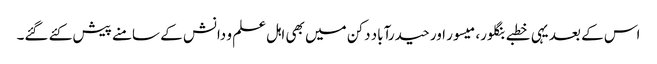
اس کے بعد یہی خطبے بنگلور، میسور اور حیدرآباد دکن میں بھی اہل علم و دانش کے سامنے پیش کئے گئے۔